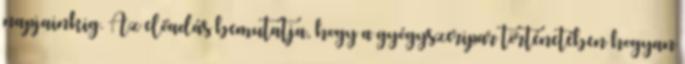
napjainkig. Az előadás bemutatja, hogy a gyógyszeripar történetében hogyan